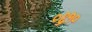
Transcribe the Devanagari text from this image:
०६१०